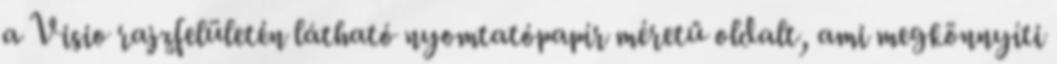
a Visio rajzfelületén látható nyomtatópapír méretű oldalt, ami megkönnyíti